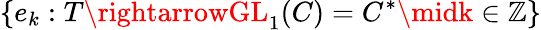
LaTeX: \{ e_{k}:T\rightarrowGL_{1}(C)=C^{*}\midk\in\mathbb{Z}\}